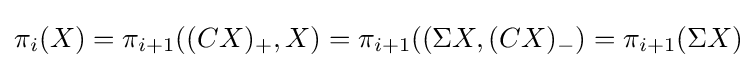
\pi _{i}(X)=\pi _{i+1}((CX)_{+},X)=\pi _{i+1}((\Sigma X,(CX)_{-})=\pi _{i+1}(\Sigma X)